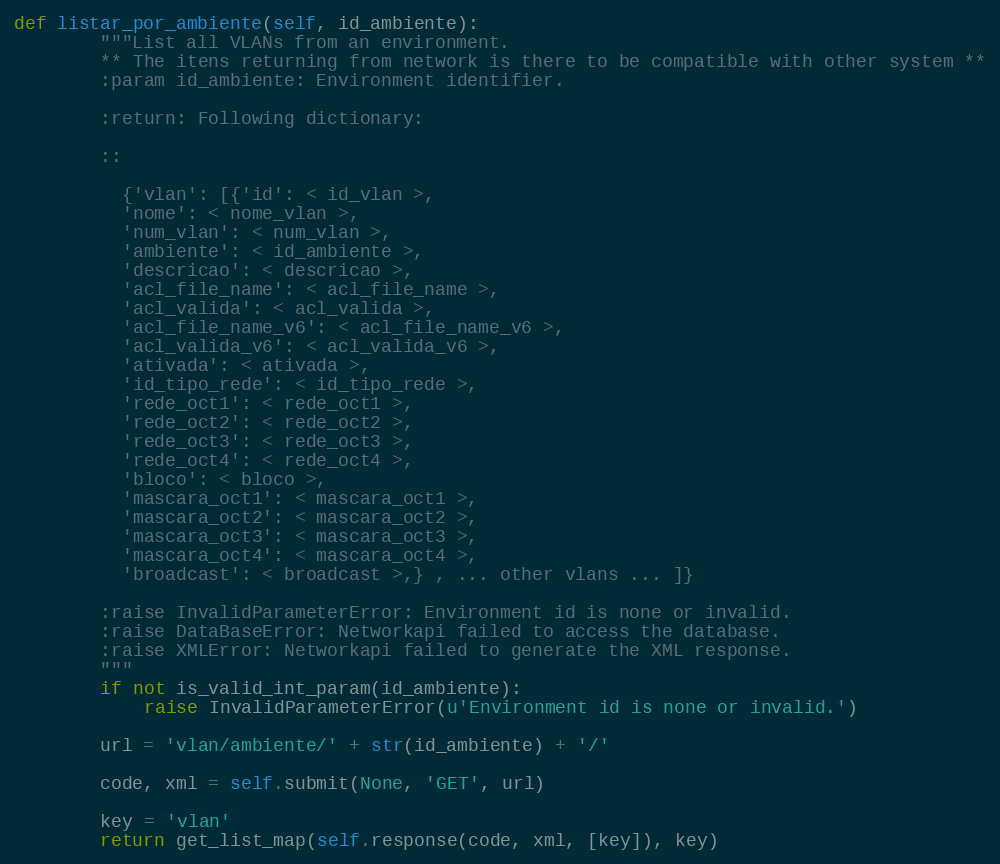
Language: Python
def listar_por_ambiente(self, id_ambiente):
        """List all VLANs from an environment.
        ** The itens returning from network is there to be compatible with other system **
        :param id_ambiente: Environment identifier.

        :return: Following dictionary:

        ::

          {'vlan': [{'id': < id_vlan >,
          'nome': < nome_vlan >,
          'num_vlan': < num_vlan >,
          'ambiente': < id_ambiente >,
          'descricao': < descricao >,
          'acl_file_name': < acl_file_name >,
          'acl_valida': < acl_valida >,
          'acl_file_name_v6': < acl_file_name_v6 >,
          'acl_valida_v6': < acl_valida_v6 >,
          'ativada': < ativada >,
          'id_tipo_rede': < id_tipo_rede >,
          'rede_oct1': < rede_oct1 >,
          'rede_oct2': < rede_oct2 >,
          'rede_oct3': < rede_oct3 >,
          'rede_oct4': < rede_oct4 >,
          'bloco': < bloco >,
          'mascara_oct1': < mascara_oct1 >,
          'mascara_oct2': < mascara_oct2 >,
          'mascara_oct3': < mascara_oct3 >,
          'mascara_oct4': < mascara_oct4 >,
          'broadcast': < broadcast >,} , ... other vlans ... ]}

        :raise InvalidParameterError: Environment id is none or invalid.
        :raise DataBaseError: Networkapi failed to access the database.
        :raise XMLError: Networkapi failed to generate the XML response.
        """
        if not is_valid_int_param(id_ambiente):
            raise InvalidParameterError(u'Environment id is none or invalid.')

        url = 'vlan/ambiente/' + str(id_ambiente) + '/'

        code, xml = self.submit(None, 'GET', url)

        key = 'vlan'
        return get_list_map(self.response(code, xml, [key]), key)